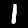
Digit: 1